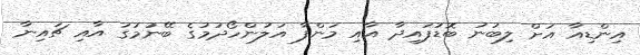
އިންޑިއާ އަށް ލިބުނު ބޮޑުފައިދާ އާއި މަންފާ އަލުންހޯދުމުގެ ބޭނުމުގަ އާއި ޗައިނާ